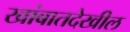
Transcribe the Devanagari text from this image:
खांबातदेखील